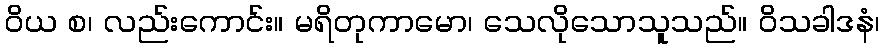
ဝိယ စ၊ လည်းကောင်း။ မရိတုကာမော၊ သေလိုသောသူသည်။ ဝိသခါဒနံ၊